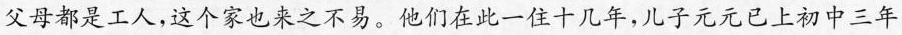
父母都是工人，这个家也来之不易。他们在此一住十几年，儿子元元已上初中三年